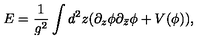
E = \frac { 1 } { g ^ { 2 } } \int d ^ { 2 } z ( \partial _ { z } \phi \partial _ { \bar { z } } \phi + V ( \phi ) ) ,